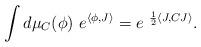
LaTeX: \begin{align*}\int d\mu_C ( \phi ) \ e^{\langle \phi , J \rangle } = e^{\ \frac{1}{2} \langle J, C J \rangle } .\end{align*}